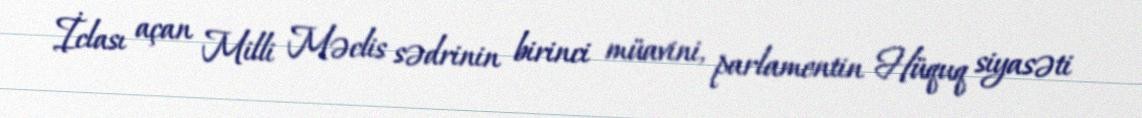
İclası açan Milli Məclis sədrinin birinci müavini, parlamentin Hüquq siyasəti